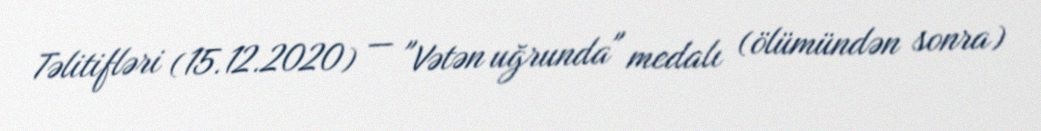
Təlitifləri (15.12.2020) — "Vətən uğrunda" medalı (ölümündən sonra)